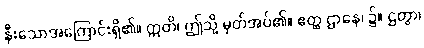
နီးသောအကြောင်းရှိ၏။ ဣတိ၊ ဤသို့ မှတ်အပ်၏။ ဧတ္ထ ဌာနေ၊ ၌။ ဌတွာ၊